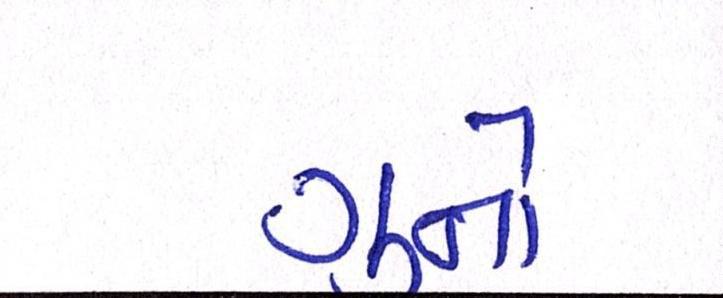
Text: ગુનો